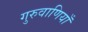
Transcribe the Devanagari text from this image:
गुरुवाणियाँ